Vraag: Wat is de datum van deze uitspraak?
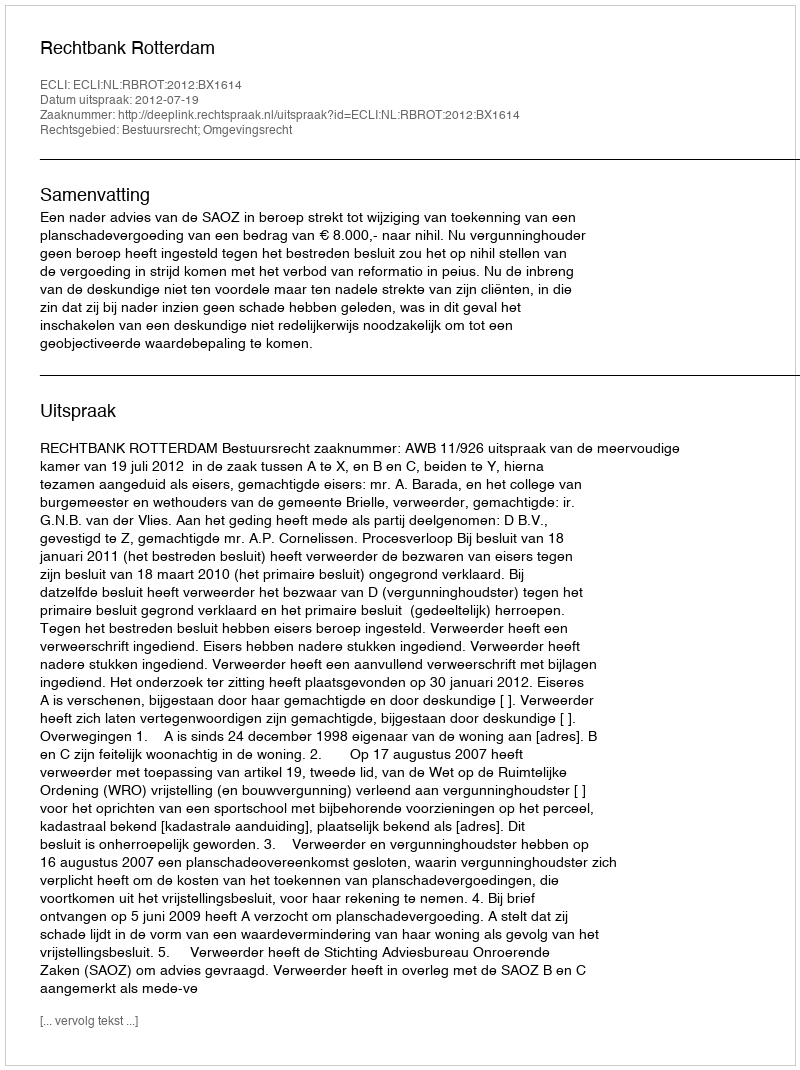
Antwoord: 2012-07-19